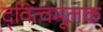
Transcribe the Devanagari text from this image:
द्‍वित्वमूलक